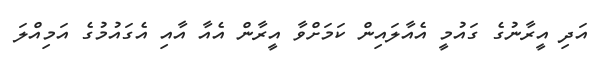
އަދި އީރާނުގެ ގައުމީ އެއާލައިން ކަމަށްވާ އީރާން އެއާ އާއި އެގައުމުގެ އަމިއްލަ